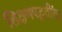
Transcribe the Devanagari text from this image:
शिक्षणपद्धतींचा